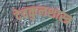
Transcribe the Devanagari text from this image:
देवकुलशास्त्र